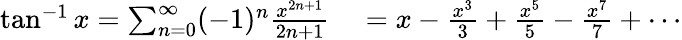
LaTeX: \begin{array}{rl}{\tan^{-1}x=\sum_{n=0}^{\infty}(-1)^{n}{\frac{x^{2n+1}}{2n+1}}}&{{}=x-{\frac{x^{3}}{3}}+{\frac{x^{5}}{5}}-{\frac{x^{7}}{7}}+\cdots}\end{array}